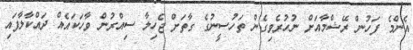
އެންމެ ފަހުން ރޭޝްމާއަށް ނުހުރެވިގެން ތަހުސީނުގެ ގާތަށް ޖެހިލާ ސިއްރުން ވާހަކައެއް ދައްކާލާފައި